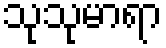
သုသုမာရာ